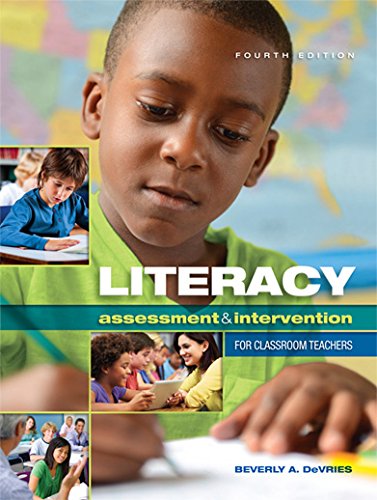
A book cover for Literacy Assessment & Intervention for Classroom Teachers; Beverly A. DeVries; Reference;